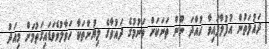
ދައުލަތުން އުފުލާފައިވާ ހުއްދަ ނޫން ތަނަކަށް ވަނުމުގެ ދައުވާގެ ލިޔުންތަކާ ހަވާލުވެވަޑައިގަތުމަށް މިއަދު